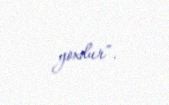
yoxdur”.